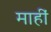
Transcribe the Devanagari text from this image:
माहीं